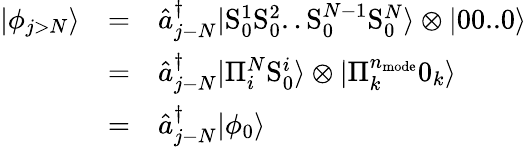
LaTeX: \begin{array}{ccl}{|\phi_{j>N}\rangle}&{=}&{\hat{a}_{j-N}^{\dagger}|\mathrm{S}_{0}^{1}\mathrm{S}_{0}^{2}..\mathrm{S}_{0}^{N-1}\mathrm{S}_{0}^{N}\rangle\otimes|00..0\rangle}\\ &{=}&{\hat{a}_{j-N}^{\dagger}|\Pi_{i}^{N}\mathrm{S}_{0}^{i}\rangle\otimes|\Pi_{k}^{n_{\mathrm{mode}}}0_{k}\rangle}\\ &{=}&{\hat{a}_{j-N}^{\dagger}|\phi_{0}\rangle}\end{array}